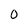
Character: 0